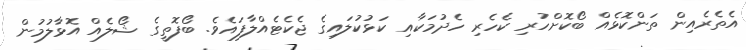
އެތެރެއިން ތަންކޮޅެއް ބޯކޮށްހުރި ކެހެރި ހެދުމަކާއި ކަޅުކުލައިގެ ޖެކެޓެއްލާފައެވެ. ބޯފޮތީގެ ޝޯލެއް އޮޅާލުމުން